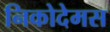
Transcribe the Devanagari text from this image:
निकोदेमस